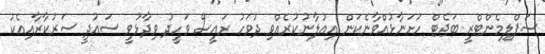
ސަޕްލިމެންޓްރީ ބަޖެޓް ހުށަނާޅުއްވާނެކަން އިއުލާނުކުރެއްވި ދުވަހު ރައީސް ވަހީދު ވިދާޅުވީ ސައުދީ ސަރުކާރާއިއެކު